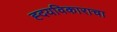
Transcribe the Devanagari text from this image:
ह्दयविकाराचा